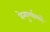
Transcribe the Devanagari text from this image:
वेन्गुर्ल्यामार्गे